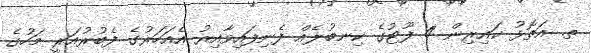
ތ. އަތޮޅު ކައިރިން 4 ފޫޓުގެ ކިނބުލެއް ފެނިފައިވާއިރު އެއަހަރުގެ ފެބުރުއަރީ މަހުގެ